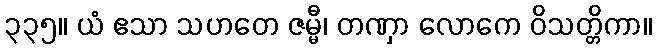
၃၃၅။ ယံ ဧသာ သဟတေ ဇမ္မီ၊ တဏှာ လောကေ ဝိသတ္တိကာ။